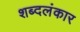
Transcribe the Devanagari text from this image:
शब्दलंकार